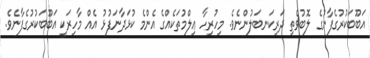
އަބޫބަކުރުގެފާނުގެ ލޮބުވެތި ދަރިކަނބަލުންނެވެ. މިހުރިހާ ޢިލްމުތަކެއްގެ އެންމެ ކުޅަދާނަފުޅު އެއް މާހިރަކީ އަބޫބަކުރުގެފާނެވެ.